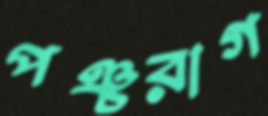
পঞ্চরাগ